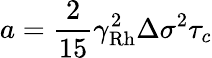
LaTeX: a=\frac{2}{15}\gamma_{\mathrm{Rh}}^{2}\Delta\sigma^{2}\tau_{c}